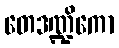
တေဒဏ္ဍိကော